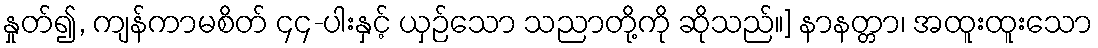
နှုတ်၍, ကျန်ကာမစိတ် ၄၄-ပါးနှင့် ယှဉ်သော သညာတို့ကို ဆိုသည်။] နာနတ္တာ၊ အထူးထူးသော